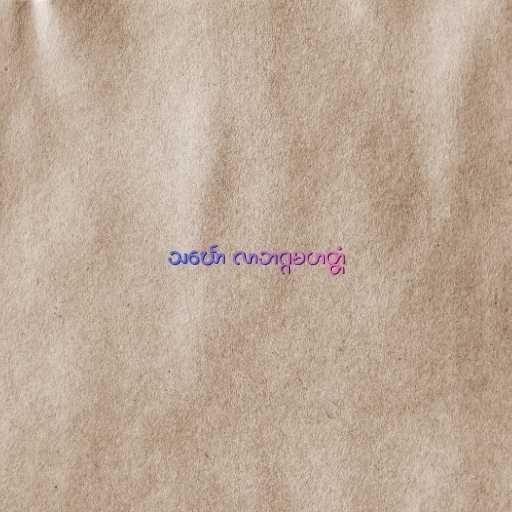
သင်္ဃော လာဘဂ္ဂမဟတ္တံ